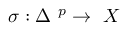
\sigma : \Delta \ ^ { p } \rightarrow \ X